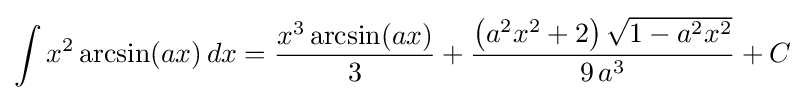
\int x^{2}\arcsin(ax)\,dx={\frac {x^{3}\arcsin(ax)}{3}}+{\frac {\left(a^{2}x^{2}+2\right){\sqrt {1-a^{2}x^{2}}}}{9\,a^{3}}}+C